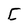
Character: C